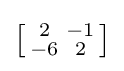
\left[{\begin{smallmatrix}2&-1\\-6&2\end{smallmatrix}}\right]